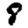
Digit: 8